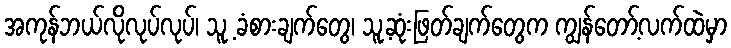
အကုန်ဘယ်လိုလုပ်လုပ်၊ သူ့ ခံစားချက်တွေ၊ သူ့ဆုံးဖြတ်ချက်တွေက ကျွန်တော့်လက်ထဲမှာ